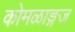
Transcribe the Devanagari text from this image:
कोमळाङ्गज